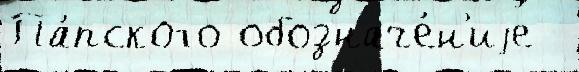
Па́пского обозначе́н'иjе